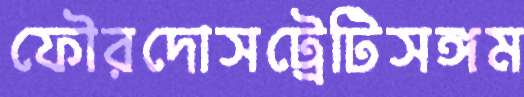
ফৌরদোসট্রেটিসঙ্গম